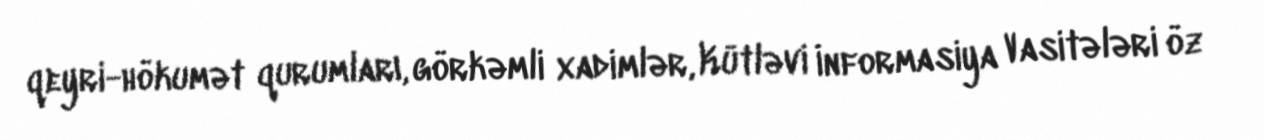
qeyri-hökumət qurumları, görkəmli xadimlər, Kütləvi İnformasiya Vasitələri öz